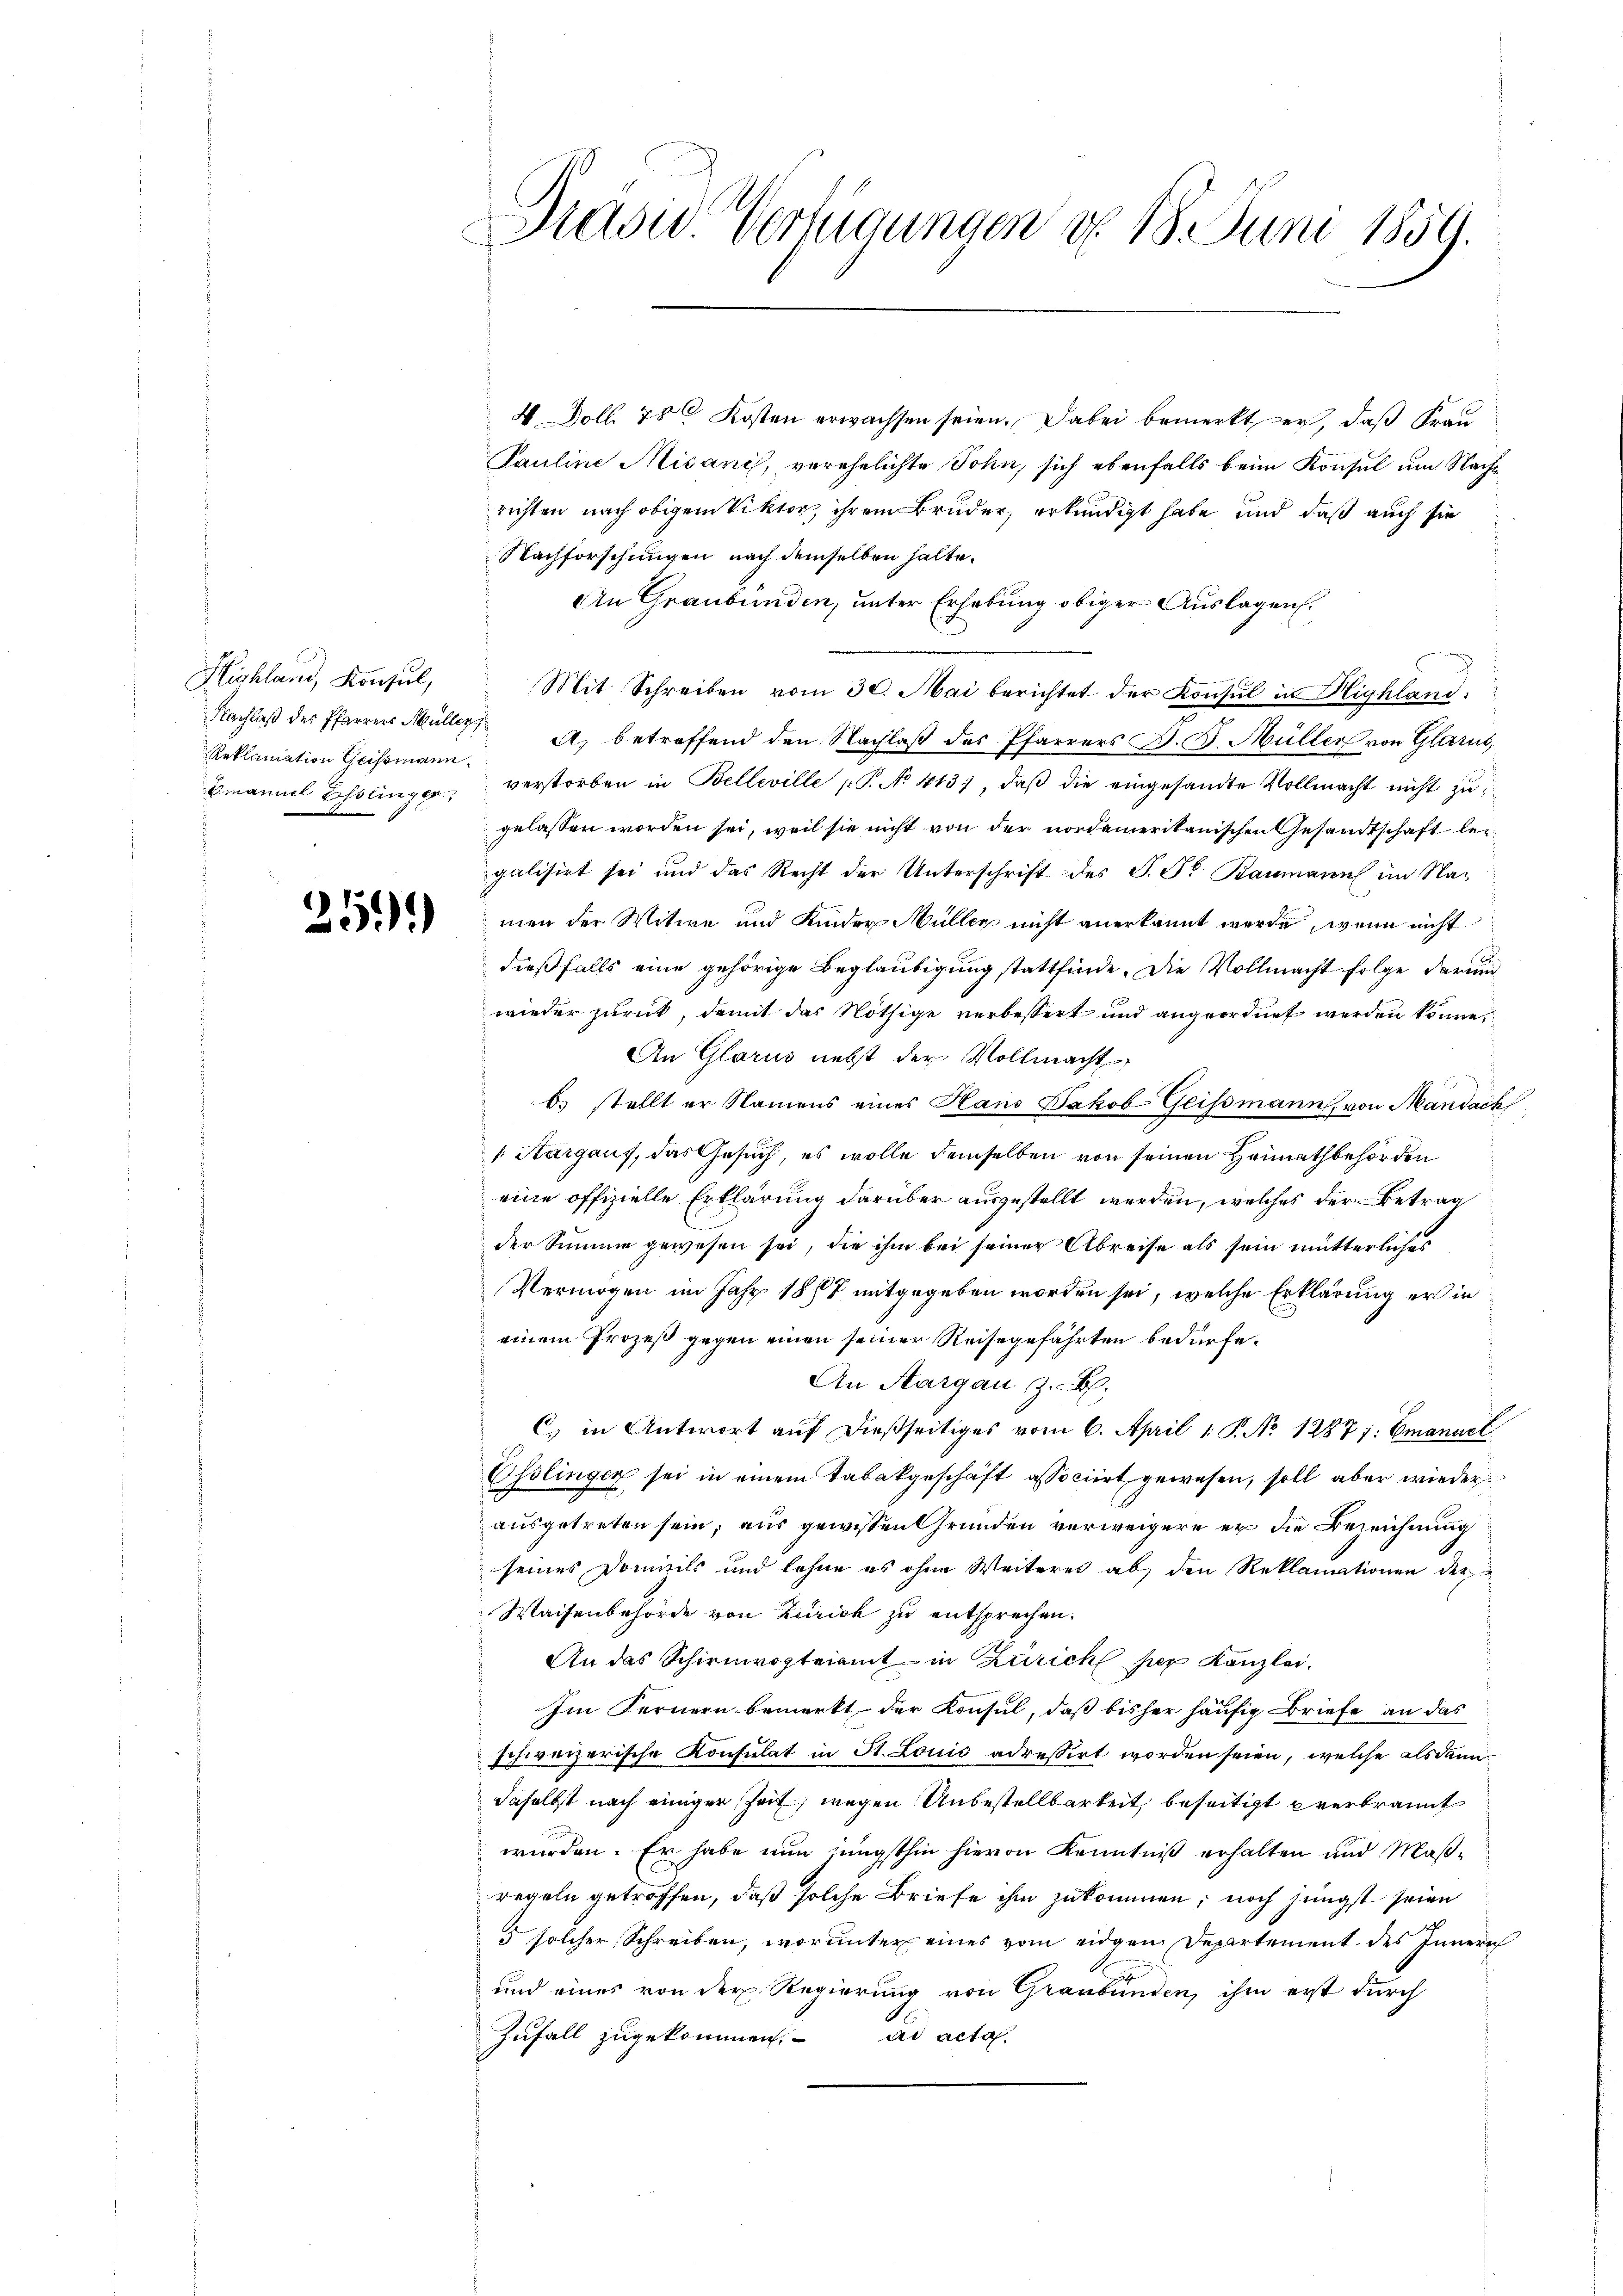
Highland, Konsul,
Reklamation Geissmann.
Omaniel Esslinger

¬
39.

Drase Verfügungen d. 18. Juni 1859.

4 Doll 28 Kosten erwachsen seien. Dabei bemerkt er, daß Frau
Pauline Misani, verehelichte Sohn, sich ebenfalls beim Konsul um Nach
richten nach obigem Viktor, ihrem Bruder, erkundigt habe und daß auch sie
Nachforschungen nach demselben halte.
An Graubünden, unter Erhebung obiger Auslagen.
Mit Schreiben vom 30. Mai berichtet der Konsul in Highland.
Nachlaß der Pfarrers Müller A. betreffend den Nachlaß des Pfarrers D. B. Müller von Glarus,
verstorben in Belleville (T. No 413), daβ die eingesandte Vollmacht nicht zu
gelassen worden sei, weil sie nicht von der nordamerikanischen Gesandtschaft leigalisirt sei und das Recht der Unterschrift des S. St. Baumann im Namen der Witwe und Kinder Müller nicht anerkannt werde, wenn nicht
dießfalls eine gehörige Beglaubigung stattfinde. Die Vollmacht folge darum
wieder zurück, damit das Nöthige verbessert und angeordnet werden könne,
An Glarus nebst der Vollmacht
b. stellt er Namens eines Hans Jakob Geissmann, von Mandach
 Aargauf, das Gesuch, es wolle demselben von seinen Heimathbehörden
eine offizielle Erklärung darüber ausgestellt werden, welches der Betrag
der Summe gewesen sei, die ihm bei seiner Abreise als sein mutterliches
Vermögen im Jahr 1887 mitgegeben worden sei, welche Erklärung er in
einem Prozeß gegen einen seiner Reisegefährten bedürfe.
An Aargau z. B.
C. in Antwort auf dießseitiges vom 6. April 1 P. No 1287 f. Emanuel
Osslingen sei in einem Tabakgeschäft associirt gewesen, soll aber wieder
ausgetreten sein, aus gewissen Gründen verweigere er die Bezeichnung
seines Domizils und lehne es ohne Weiteres ab, den Reklamationen der
Waisenbehörde von Zürich zu entsprechen.
An das Schirmvogteiamt in Zürich der Kanzlei.
Im Fernern bemerkt der Konsul, daß bisher häufig Briefe an das
schweizerische Konsulat in St. Louis adressirt worden seien, welche alsdann
daselbst nach einiger heit, wegen Unbestellbarkeit, beseitigt ererbrannt
wurden. Er habe nun jüngsthin hievon Kenntniß erhalten und Maßregeln getroffen, daß solche Briefe ihm zukommen; noch jüngst seien
5 solcher Schreiben, worunter eines vom eidgen Departement des Innerich
und eines von der Regierung von Graubünden, ihm erst durch
Zufall zugekommen. ad acta.